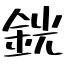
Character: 銧